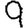
Digit: 9